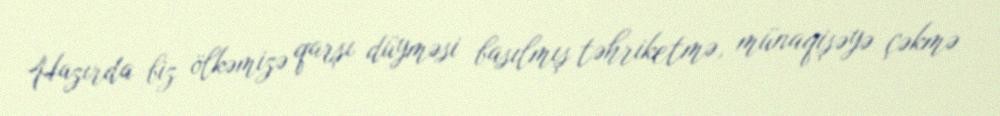
Hazırda biz ölkəmizə qarşı düyməsi basılmış təhriketmə, münaqişəyə çəkmə